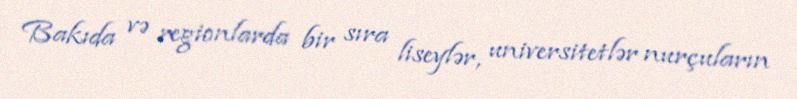
Bakıda və regionlarda bir sıra liseylər, universitetlər nurçuların